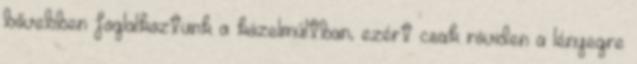
bővebben foglalkoztunk a közelmúltban, ezért csak röviden a lényegre